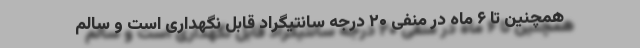
همچنین تا ۶ ماه در منفی ۲۰ درجه سانتیگراد قابل نگهداری است و سالم